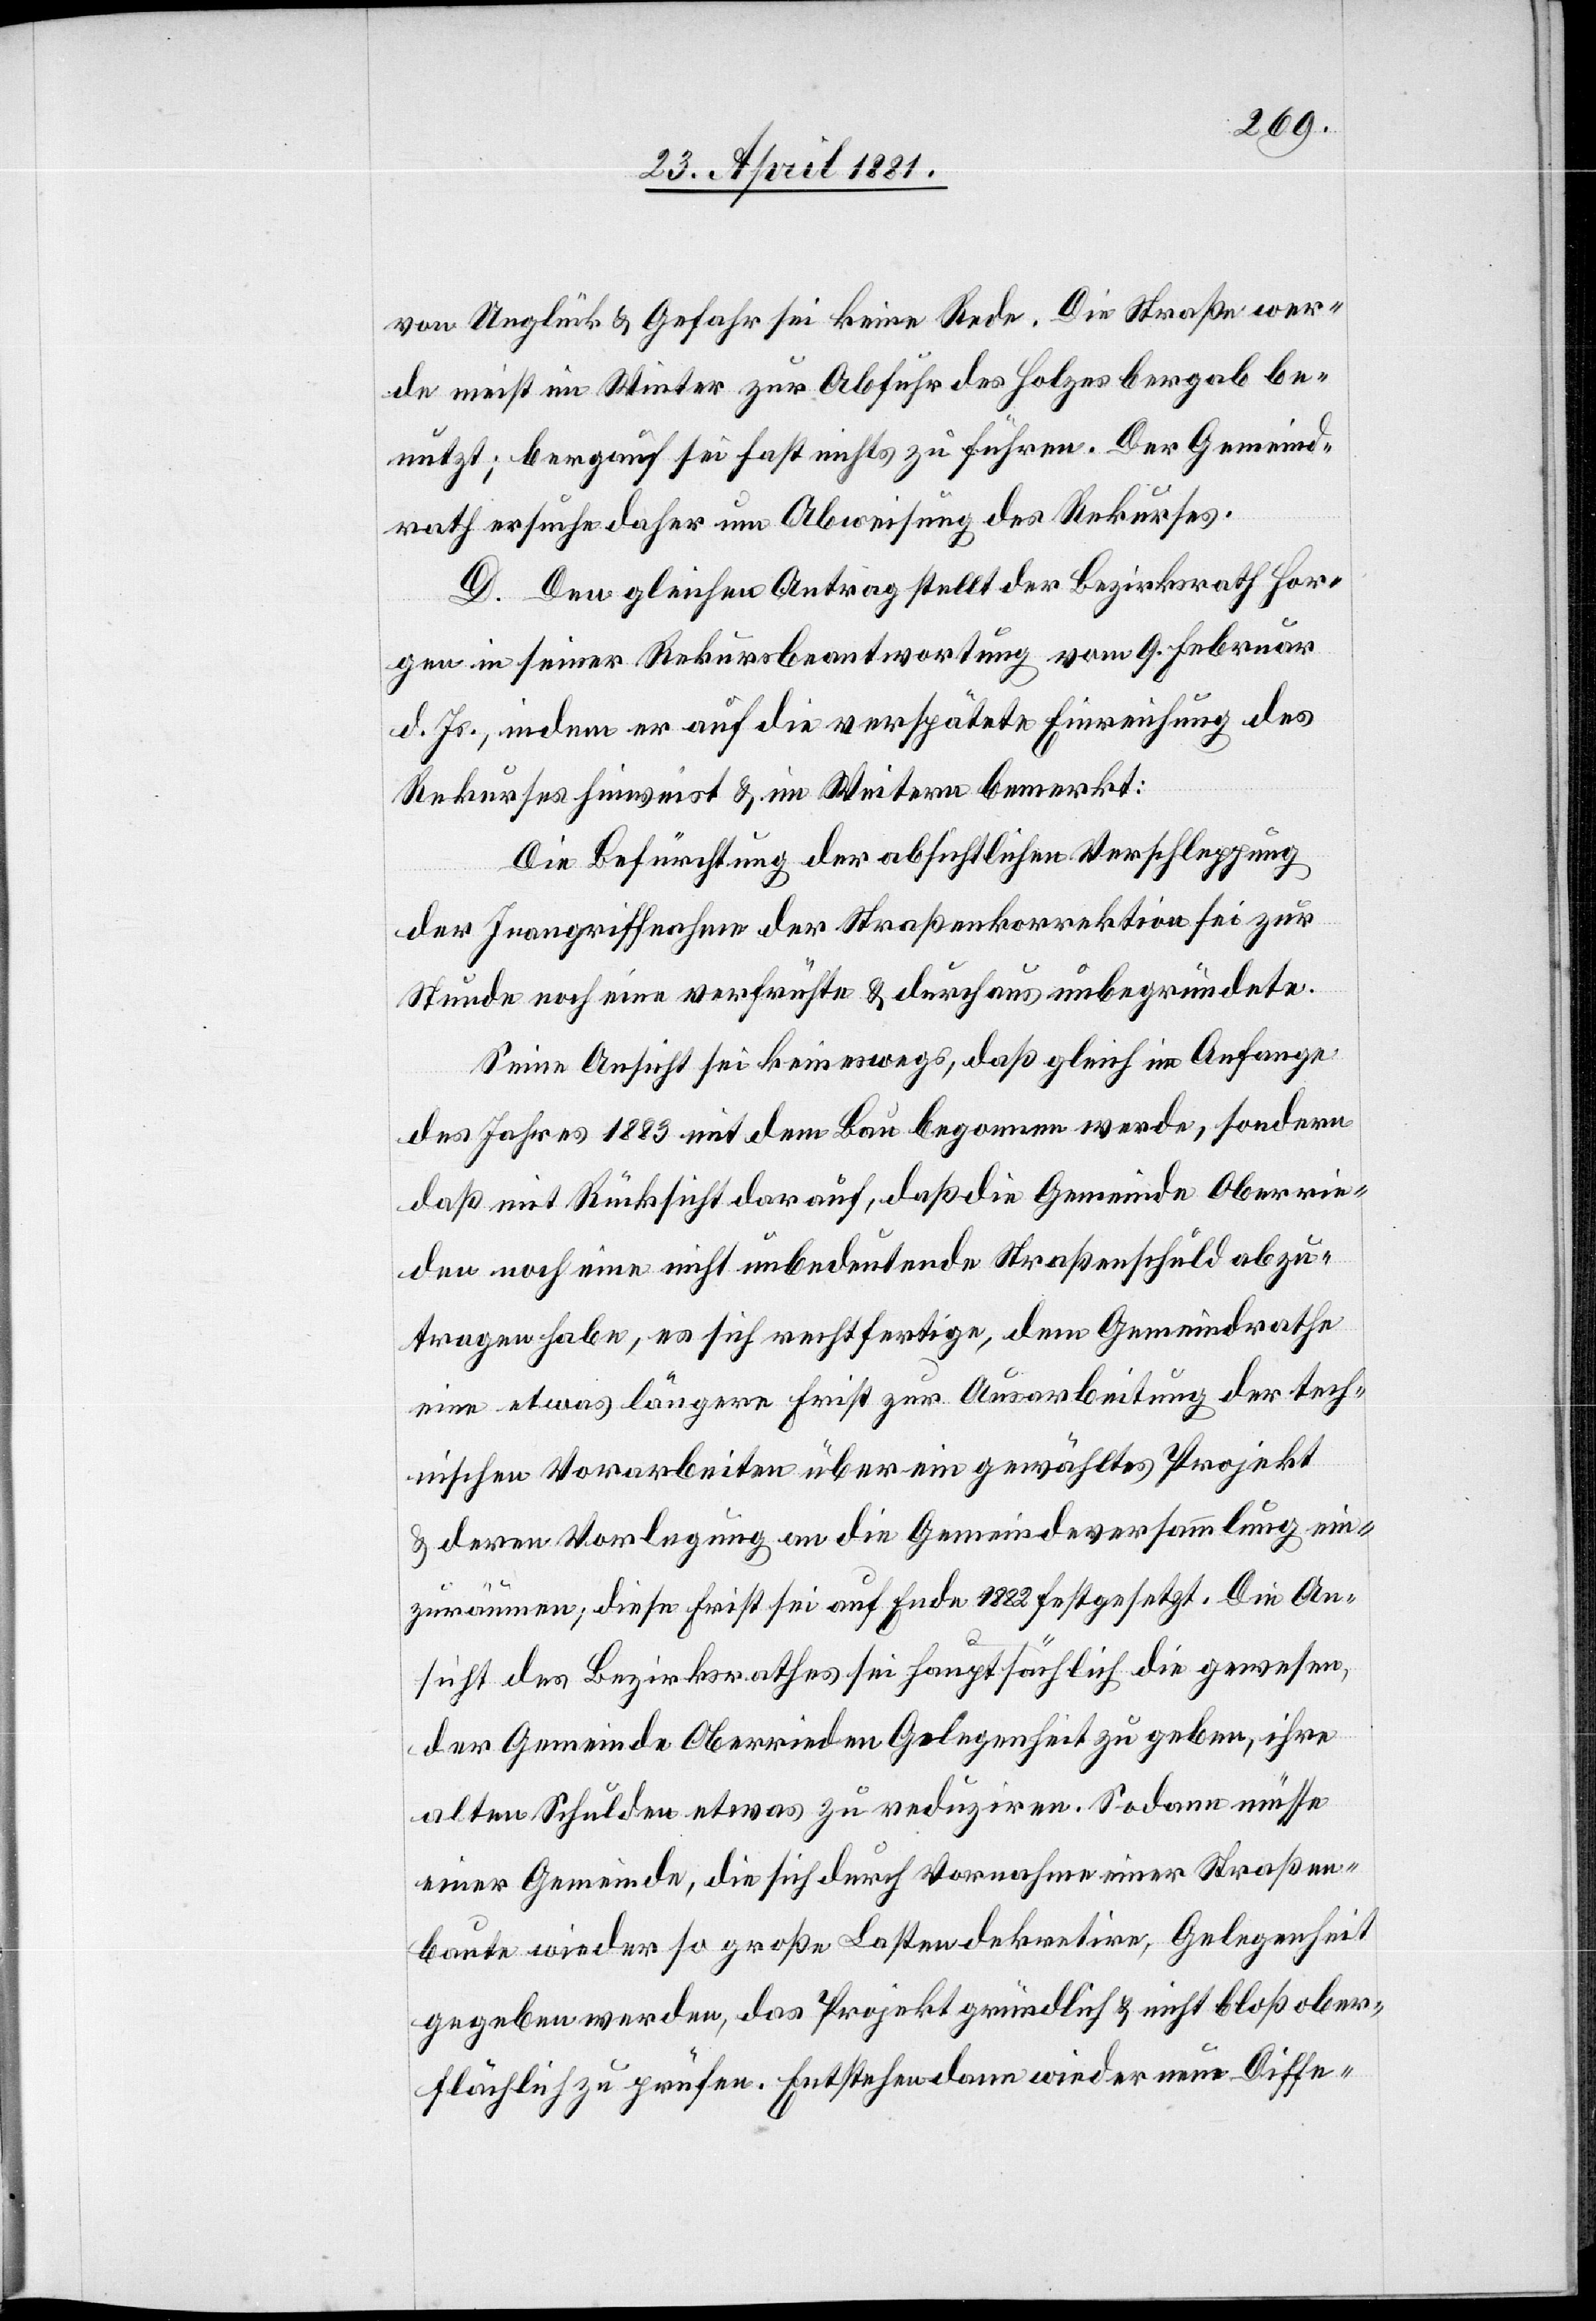
von Unglück & Gefahr sei keine Rede. Die Straße wer¬
de nicht im Winter zur Abfuhr des Holzes bergab be¬
nutzt; bergauf sei fast nichts zu führen. Der Gemeind¬
rath ersuche daher um Abweisung des Rekurses.
D. Den gleichen Antrag stellt der Bezirksrath Hor¬
gen in seiner Rekursbeantwortung vom 9. Februar
d. Js., indem er auf die verspätete Einreichung des
Rekurses hinweist & im Weitern bemerkt:
Die Befürchtung der absichtlichen Verschleppung
der Inangriffnahme der Straßenkorrektion sei zur
Stunde noch eine verfrühte & durchaus unbegründete.
Seine Ansicht sei keineswegs, daß gleich im Anfange
des Jahres 1883 mit dem Bau begonnen werde, sondern
daß mit Rücksicht darauf, daß die Gemeinde Oberrie¬
den noch eine nicht unbedeutende Straßenschuld abzu¬
tragen habe, es sich erst fertige, dem Gemeindrath
eine etwas längere Frist zur Ausarbeitung der tech¬
nischen Vorarbeiten über ein gewähltes Projekt
& deren Vorlegung an die Gemeindeversammlung ein¬
zuräumen, diese Frist sei auf Ende 1882 festgesetzt. Die An¬
sicht des Bezirksrathes sei hauptsächlich die gewesen,
der Gemeinde Oberrieden Gelegenheit zu geben, ihre
alten Schulden etwas zu reduziren. Sodann müsse
einer Gemeinde, die sich durch Vornahme einer Straßen¬
baute wieder so große Lasten dekretire, Gelegenheit
gegeben werden, das Projekt gründlich & nicht bloß ober¬
flächlich zu prüfen. Entstehen dann wieder neue Diffe-